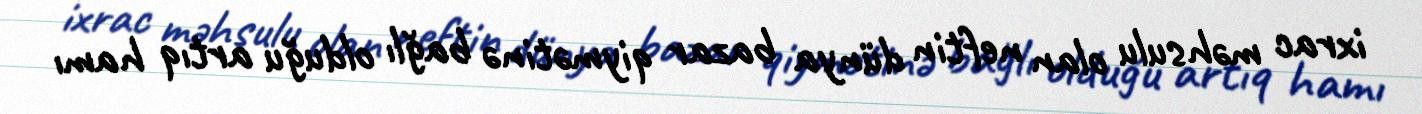
ixrac məhsulu olan neftin dünya bazar qiymətinə bağlı olduğu artıq hamı